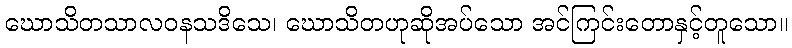
ဃောသိတသာလဝနသဒိသေ၊ ဃောသိတဟုဆိုအပ်သော အင်ကြင်းတောနှင့်တူသော။